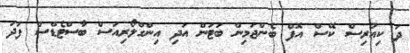
ދަ ކިއުރިސް ކޭސް އޮފް ބެންޖަމިން ބަޓަން އަދި އިންގްލޯރިއަސް ބާސްޓެޑްސް ފަދަ